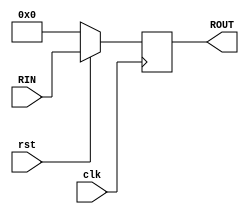
`timescale 1ns / 1ps
//////////////////////////////////////////////////////////////////////////////////
// Company: 
// Engineer: 
// 
// Design Name: 
// Module Name: PISO
// Project Name: 
// Target Devices: 
// Tool Versions: 
// Description: 
// 
// Dependencies: 
// 
// Revision:
// Revision 0.01 - File Created
// Additional Comments:
// 
//////////////////////////////////////////////////////////////////////////////////

module pipo(
    input [5:0] RIN,
    input clk, rst,
    output reg [5:0] ROUT
);

always @(posedge clk) begin
    if (!rst) begin
        ROUT <= 6'b000000;
    end
    else begin
        ROUT <= RIN;
    end
end

endmodule